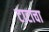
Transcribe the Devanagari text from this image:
टाटाचा